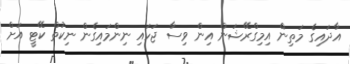
އާދައިގެ މަތިން އިމިގްރޭޝަން އިން ވިސާ ޖަހައި ނިންމައިގެން ނިކުތް ކޭޓީ އަށް